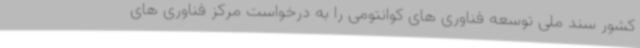
کشور سند ملی توسعه فناوری های کوانتومی را به درخواست مرکز فناوری های